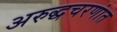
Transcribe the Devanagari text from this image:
अरुद्धचरणांत